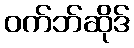
ဝက်ဘ်ဆိုဒ်